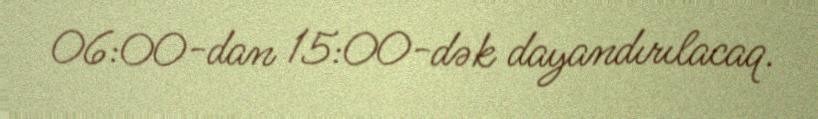
06:00-dan 15:00-dək dayandırılacaq.